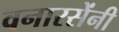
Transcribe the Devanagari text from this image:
वनारसेंनी